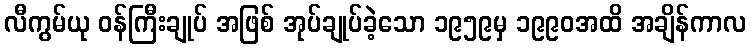
လီကွမ်ယု ဝန်ကြီးချုပ် အဖြစ် အုပ်ချုပ်ခဲ့သော ၁၉၅၉မှ ၁၉၉၀အထိ အချိန်ကာလ